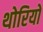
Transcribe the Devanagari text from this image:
थोरियो